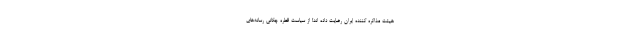
هیئت مذاکره کننده ایران رضایت داده اند! از سیاست قطره چکانی رسانه‌های